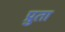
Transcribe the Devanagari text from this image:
प्रुता